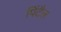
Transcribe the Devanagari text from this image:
पिंटैल